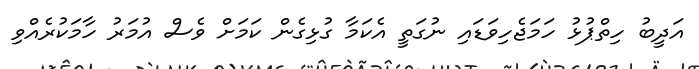
އަދީބު ހިތްޕުޅު ހަމަޖެހިވަޑައި ނުގަތީ އެކަމާ ގުޅިގެން ކަމަށް ވެސް އުމަރު ހާމަކުރެއްވި